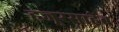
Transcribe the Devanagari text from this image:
हजूरसाहेब